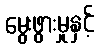
မွေးဖွားမှုနှင့်